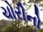
ચોરીનો